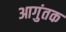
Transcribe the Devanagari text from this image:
आगुंतक